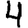
Digit: 4